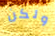
ولكن